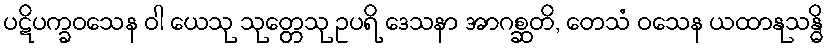
ပဋိပက္ခဝသေန ဝါ ယေသု သုတ္တေသု ဥပရိ ဒေသနာ အာဂစ္ဆတိ, တေသံ ဝသေန ယထာနုသန္ဓိ